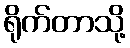
ရိုက်တာသို့